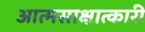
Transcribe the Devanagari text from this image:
आत्मसाक्षात्कारी